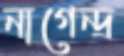
নাগেন্দ্র